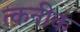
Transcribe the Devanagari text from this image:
त्कनीक